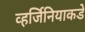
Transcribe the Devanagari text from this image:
व्हर्जिनियाकडे